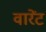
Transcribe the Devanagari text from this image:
वारेंट